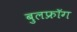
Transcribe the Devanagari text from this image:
बुलफ्रॉग